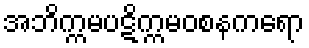
အဘိက္ကမပဋိက္ကမဝစနကရော